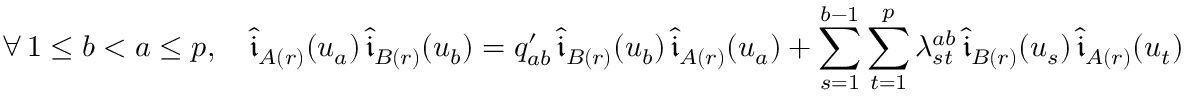
\forall \, 1 \leq b < a \leq p , \quad \widehat { \mathfrak { i } } _ { A ( r ) } ( u _ { a } ) \, \widehat { \mathfrak { i } } _ { B ( r ) } ( u _ { b } ) = q _ { a b } ^ { \prime } \, \widehat { \mathfrak { i } } _ { B ( r ) } ( u _ { b } ) \, \widehat { \mathfrak { i } } _ { A ( r ) } ( u _ { a } ) + \sum _ { s = 1 } ^ { b - 1 } \sum _ { t = 1 } ^ { p } \lambda _ { s t } ^ { a b } \, \widehat { \mathfrak { i } } _ { B ( r ) } ( u _ { s } ) \, \widehat { \mathfrak { i } } _ { A ( r ) } ( u _ { t } )